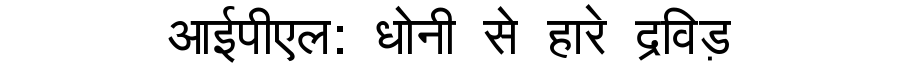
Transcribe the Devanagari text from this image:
आईपीएल: धोनी से हारे द्रविड़